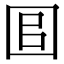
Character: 𡇑